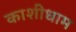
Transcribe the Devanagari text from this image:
काशीधाम